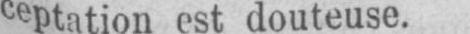
ceptation est douteuse.